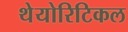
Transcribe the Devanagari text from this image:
थेयोरिटिकल